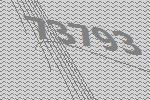
73793